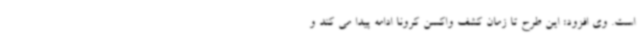
است. وی افزود: این طرح تا زمان کشف واکسن کرونا ادامه پیدا می کند و